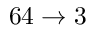
6 4 \rightarrow 3